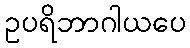
ဥပရိဘာဂါယပေ